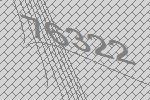
76322